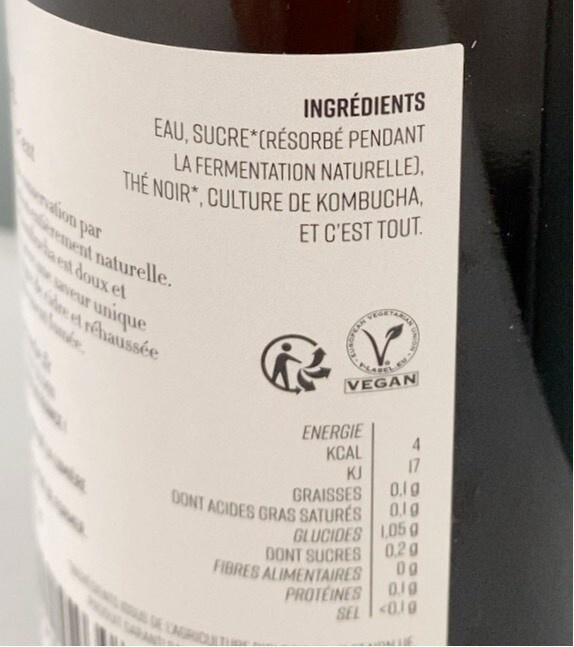
INGRÉDIENTS EAU, SUCRE (RÉSORBÉ PENDANT LA FERMENTATION NATURELLE),
THE NOIR, CULTURE DE KOMBUCHA,
ET C'EST TOUT.
rement naturelle.
est doux et
veur unique et réhaussée
V
VEGAN
ENERGIE
KCAL
KJ
DONT ACIDES GRAS SATURES
GRAISSES
DONT SUCRES
4
17
GLUCIDES 1,05 g
FIBRES ALIMENTAIRES
PROTÉINES
0.1g
0.19
0.29
00
0.10
SEL <0.10